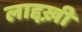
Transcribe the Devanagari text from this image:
लाद्दख़ी